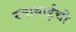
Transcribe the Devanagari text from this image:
रमाबाईची